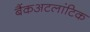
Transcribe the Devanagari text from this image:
बैंकअटलांटिक